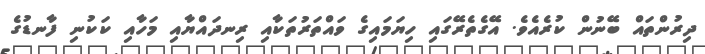
ދިރުންތައް ބޭނުން ކުރެއެވެ. އޭގެތެރޭގައި ހިޔަމައިގެ ވައްތަރުތަކާއި ރިނދައްޔާއި މަހާއި ކަކުނި ފާނޑުގެ